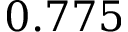
0 . 7 7 5